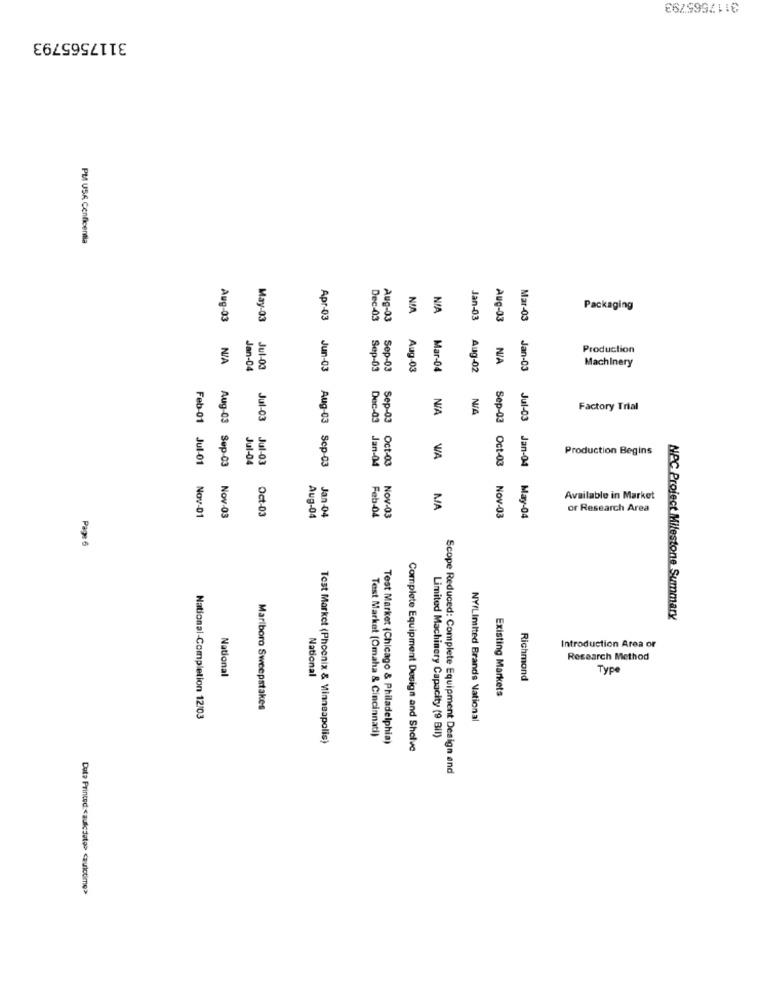
3117565793
PMI USA Cenficentla
NIA
Packaging
May-03
Apr-03
Dec-03
Aug-03
Jan-03
Aug-03
Mar-03
Production
Aug-03 N/A
Machinery
Jan-04
Jul-03
Jun-03
Sep-03
Sep-03
Aug-03
Mar-04
Aug-02
Jan-03
Factory Trial
Jul-03
Dec-03
Sep-03
Production Begins
Feb-01 Jul-01
Jul-04
Jul-03
Oct-03
WA
Aug-03 Sep-03
Aug-03 Sep-03
Jan-04
Sep-03 Oct-03
Jul-03 Jan-04
Available in Market
MA
Nov-03
or Research Area
Nov-01
Nov-03
Oct-03
Aug-04
Jan-04
Feb-04
Nov-03
May-04
Page 6
NPC Project Milestone Summary
Introduction Area or
Research Method
Type
National
National
Richmond
Existing Markets
Mariboro Sweepstakes
National-Completion 12/03
NY/Limited Brands National
Test Market (Omaha & Cincinnati)
Test Market (Phoenix & Minneapolis)
Test Market (Chicago & Philadelphia)
Limited Machinery Capacity (9 BII)
Complete Equipment Design and Shelve
Scope Reduced: Complete Equipment Design end
Dute Printed :< aulicdate> <aurictime>